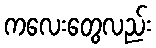
ကလေးတွေလည်း